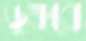
ডুক্‌রবে